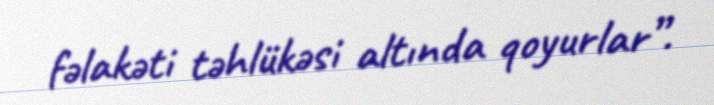
fəlakəti təhlükəsi altında qoyurlar”.